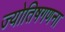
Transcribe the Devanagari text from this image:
ज्योतिषगणना